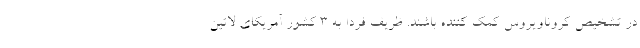
در تشخیص کروناویروس کمک کننده باشند. ظریف فردا به 3 کشور آمریکای لاتین